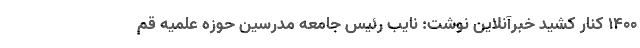
۱۴۰۰ کنار کشید خبرآنلاین نوشت: نایب رئیس جامعه مدرسین حوزه علمیه قم